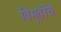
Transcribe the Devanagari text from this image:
विभूतींचे